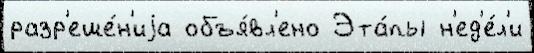
разр'еше́н'иjа объя́вл'ено Эта́пы н'ед'е́л'и